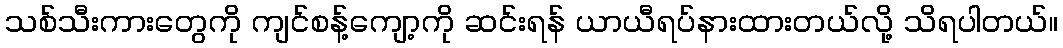
သစ်သီးကားတွေကို ကျင်စန့်ကျော့ကို ဆင်းရန် ယာယီရပ်နားထားတယ်လို့ သိရပါတယ်။